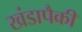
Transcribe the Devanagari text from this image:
खंडापैकी